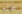
ظلم